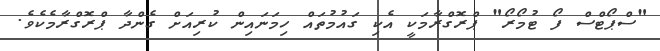
"ސްޕޯޓްސް ފޯ ޓުމޯރޯ" ޕްރޮގްރާމަކީ އެކި ގައުމުތައް ހިމަނައިން ކުރިއަށް ގެންދާ ޕްރޮގްރާމެކެވެ.